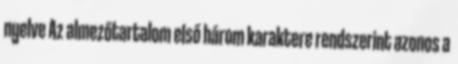
nyelve Az almezőtartalom első három karaktere rendszerint azonos a